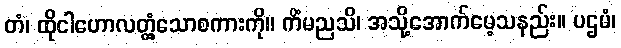
တံ၊ ထိုငါဟောလတ္တံ့သောစကားကို။ ကိံမညသိ၊ အသို့အောက်မေ့သနည်း။ ပဌမံ၊